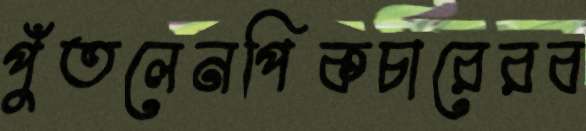
পুঁতলেনপিকচারেরব